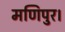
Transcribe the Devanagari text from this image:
मणिपुर।